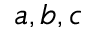
a , b , c